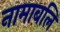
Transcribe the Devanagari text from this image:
नामाबलि